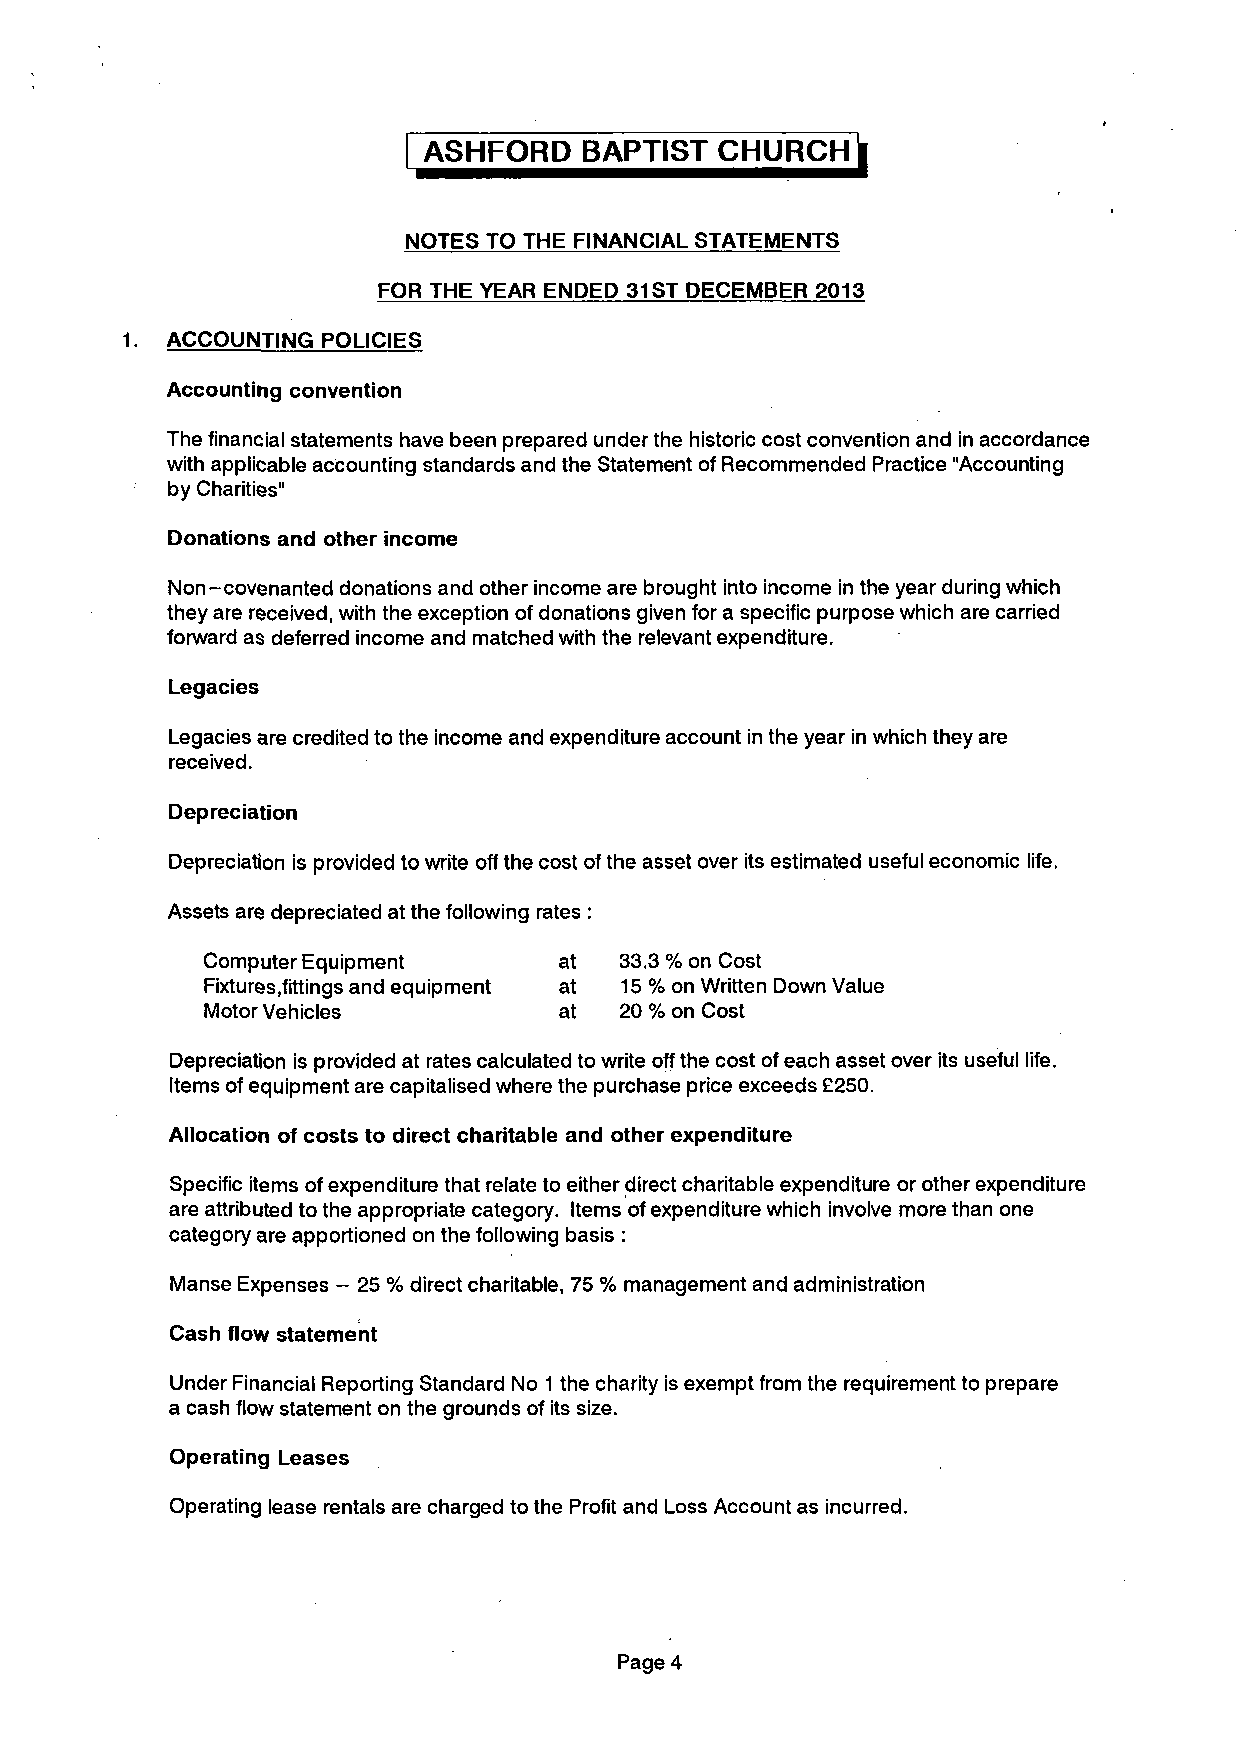
ASHFORD    BAPTIST CHURCH    |
 NOTES TO THE FINANCIAL STATEMENTS
 FOR THE YEAR ENDED 31 ST DECEMBER 2013
 1. ACCOUNTING POLICIES
 Accounting convention
 The financial statements have been prepared under the historic cost convention and in accordance
 with applicable accounting standards and the Statement of Recommended Practice "Accounting
 by Charities"
 Donations and other income
 Non-covenanted donations and other income are brought into income in the year during which
 they are received, with the exception of donations given for a specific purpose which are carried
 forward as deferred income and matched with the relevant expenditure.
 Legacies
 Legacies are credited to the income and expenditure account in the year in which they are
 received.
 Depreciation
 Depreciation is provided to write off the cost of the asset over its estimated useful economic life.
 Assets are depreciated at the following rates :
 Computer Equipment      at  33.3 % on Cost
 Fixtures .fittings and equipment at 15 % on Written Down Value
 Motor Vehicles         at  20 % on Cost
 Depreciation is provided at rates calculated to write off the cost of each asset over its useful life.
 Items of equipment are capitalised where the purchase price exceeds £250.
 Allocation of costs to direct charitable and other expenditure
 Specific items of expenditure that relate to either direct charitable expenditure or other expenditure
 are attributed to the appropriate category. Items of expenditure which involve more than one
 category are apportioned on the following basis :
 Manse Expenses - 25 % direct charitable, 75 % management and administration
 Cash flow statement
 Under Financial Reporting Standard No 1 the charity is exempt from the requirement to prepare
 a cash flow statement on the grounds of its size.
 Operating Leases
 Operating lease rentals are charged to the Profit and Loss Account as incurred.
 Page 4